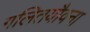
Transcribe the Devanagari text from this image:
गलितयौवना